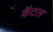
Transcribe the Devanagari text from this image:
कॅटल